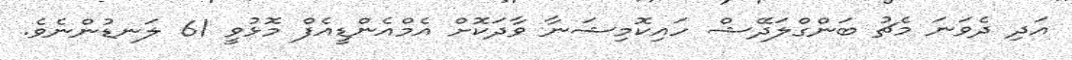
އަދި ދެވަނަ މެޗު ބަންގްލަދޭޝް ހައިކޮމިޝަނާ ވާދަކޮށް އެމްއެންޑީއެފް މޮޅުވީ 61 ލަނޑުންނެވެ.